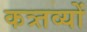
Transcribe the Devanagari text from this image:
कत्र्तव्यों